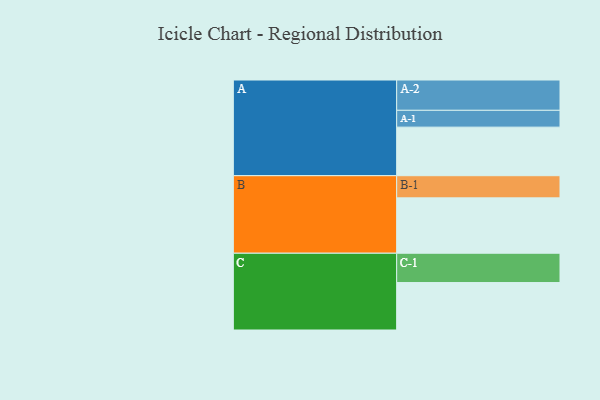
{"axis": {"x": "Segment", "y": "Value"}, "legend": ["", "A", "B", "C"], "data": [{"x": "A", "y": 436, "type": ""}, {"x": "B", "y": 497, "type": ""}, {"x": "C", "y": 426, "type": ""}, {"x": "A-1", "y": 151, "type": "A"}, {"x": "A-2", "y": 272, "type": "A"}, {"x": "B-1", "y": 199, "type": "B"}, {"x": "C-1", "y": 263, "type": "C"}]}